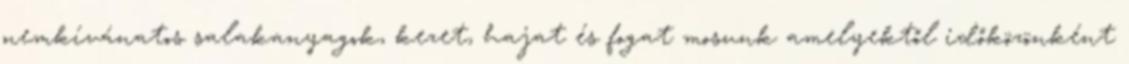
nemkívánatos salakanyagok, kezet, hajat és fogat mosunk amelyektől időközönként